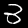
Digit: 3